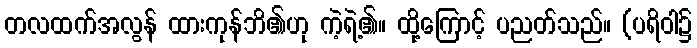
တလထက်အလွန် ထားကုန်ဘိ၏ဟု ကဲ့ရဲ့၏။ ထို့ကြောင့် ပညတ်သည်။ (ပရိဝါ၌